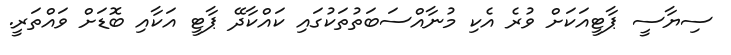
ސިޔާސީ ޕާޓީއަކަށް ވުރެ އެކި މުނާއްސަބަތުތަކުގައި ކައްކާދޭ ޕާޓީ އަކާއި ބޮޑަށް ވައްތަރީ.